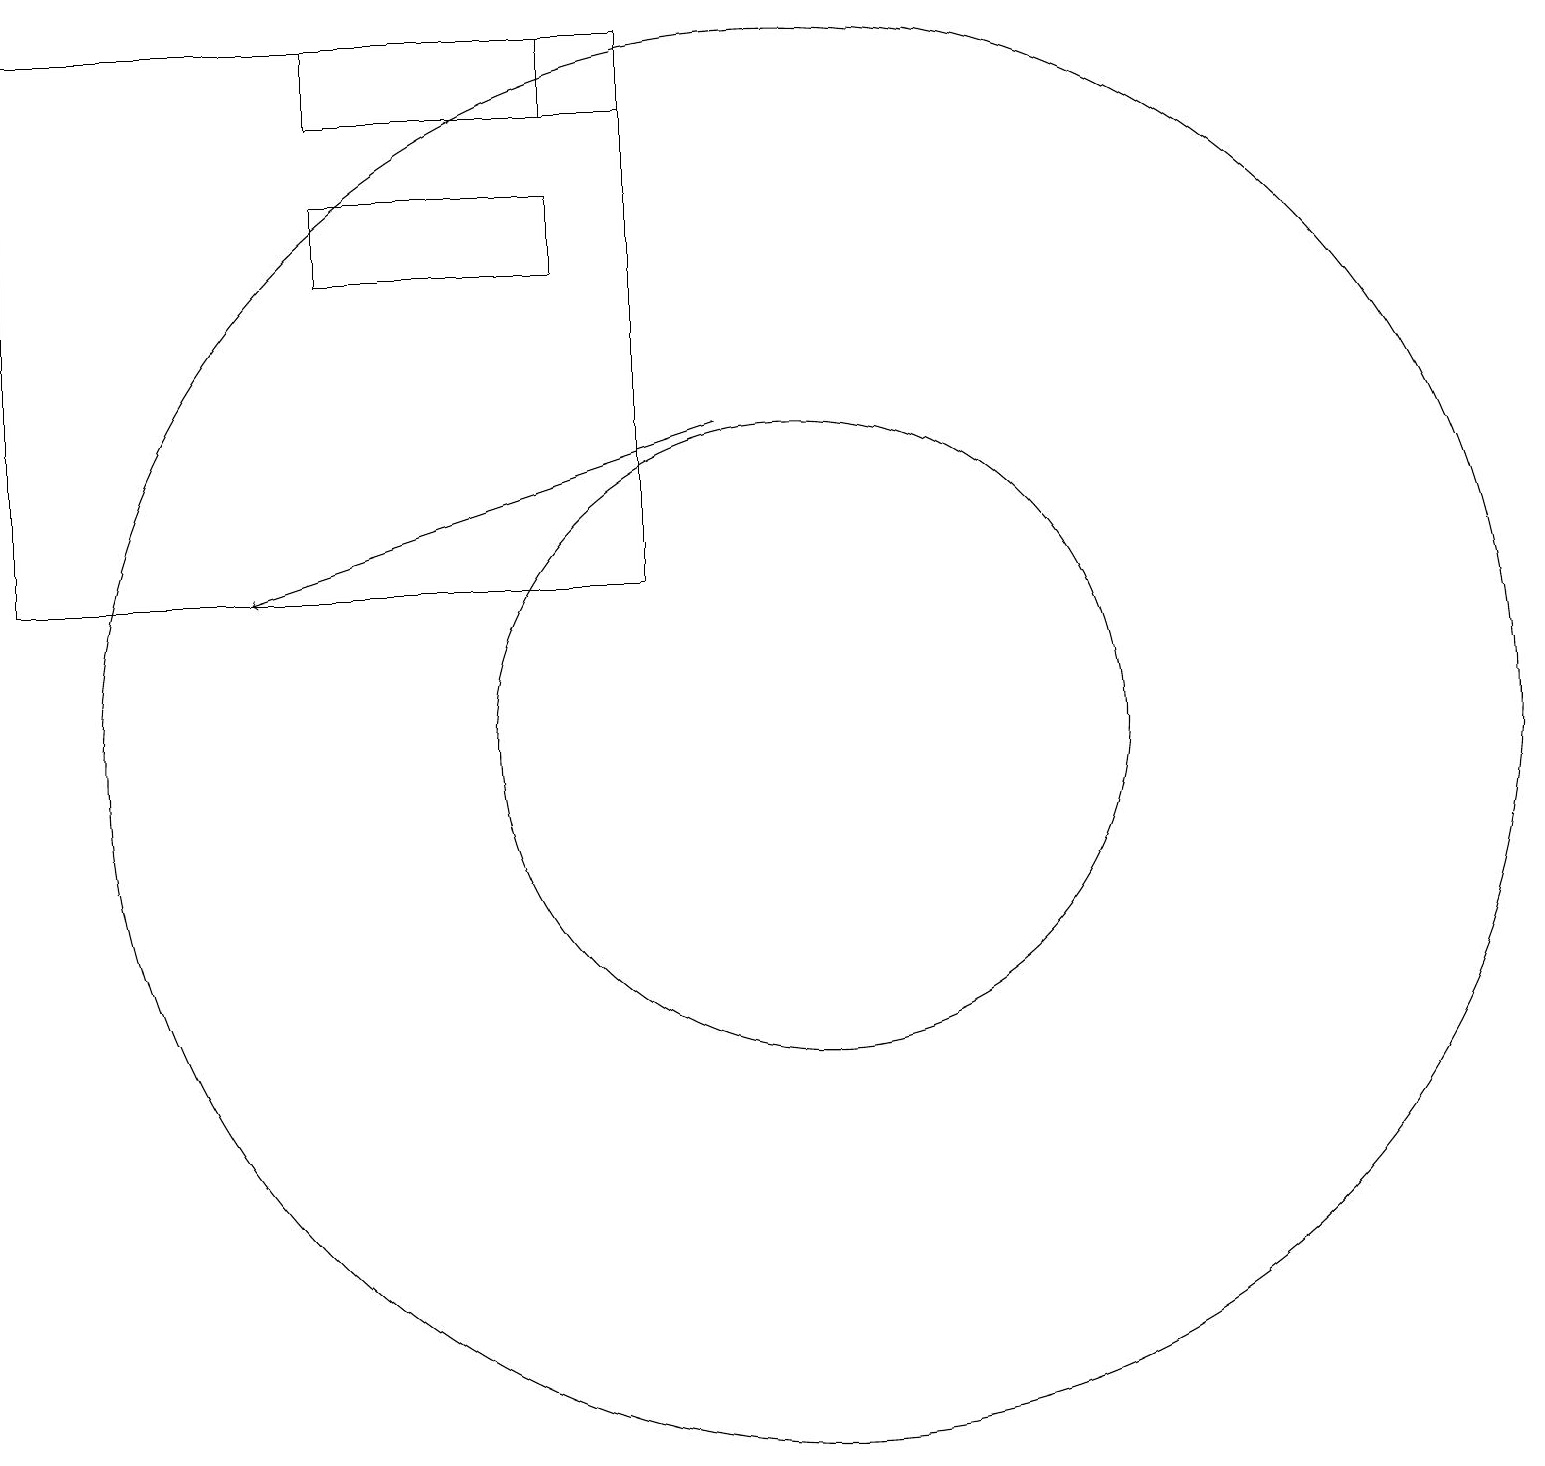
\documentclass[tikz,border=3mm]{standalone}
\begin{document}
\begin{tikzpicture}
\draw (10,10) circle (9);
\draw (8,18) rectangle (7,19);
\draw (10,10) circle (4);
\draw (8,12) rectangle (0,19);
\draw (7,19) rectangle (4,18);
\draw (6,12) rectangle (4,12);
\draw (4,16) rectangle (7,17);
\draw[->] (9,14) -- (3,12);
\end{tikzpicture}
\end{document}